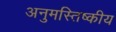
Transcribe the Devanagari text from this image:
अनुमस्तिष्‍कीय